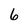
Character: 6